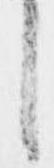
し